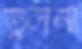
তুলনা